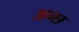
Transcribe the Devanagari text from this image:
अन्छ